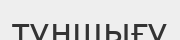
тұншығу